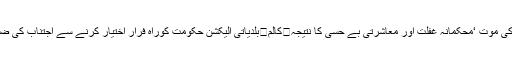
کالم	پوٹھوار کا نامور شعر خواں چوہدری اکرم گجر/ ناصر بشیر راجہ کالم	جہالت کالم	نوبیاہتا جوڑا کی موت ‘محکمانہ غفلت اور معاشرتی بے حسی کا نتیجہ	کالم	بلدیاتی الیکشن حکومت کوراہِ فرار اختیار کرنے سے اجتناب کی ضرورت	کالم	ن یوتھ ونگ کلر سیداں کا قیام /چوہدری اشفاق	کالم	دہشت گردوں کے سہولت کار کون؟